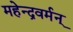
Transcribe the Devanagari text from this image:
महेन्द्रवर्मन्